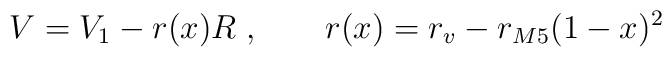
V = V_1-r(x)R \; , \qquad  r(x) = r_v-r_{M5}(1-x)^2